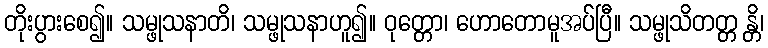
တိုးပွားစေ၍။ သမ္ဖုသနာတိ၊ သမ္ဖုသနာဟူ၍။ ဝုတ္တော၊ ဟောတောမူအပ်ပြီ။ သမ္ဖုသိတတ္တ န္တိ၊